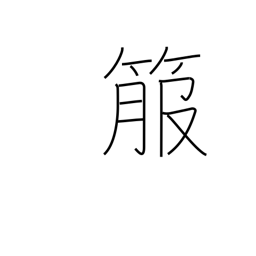
Meaning: quiver